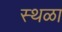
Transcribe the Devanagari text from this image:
स्थळा